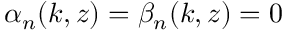
\alpha _ { n } ( k , z ) = \beta _ { n } ( k , z ) = 0